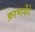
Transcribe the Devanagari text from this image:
फ़रमायेंगे